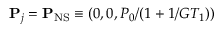
\mathbf P _ { j } = \mathbf P _ { \mathrm { N S } } \equiv ( 0 , 0 , P _ { 0 } / ( 1 + 1 / G T _ { 1 } ) )